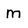
Character: m